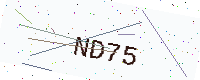
Text: ND75